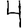
Digit: 4